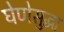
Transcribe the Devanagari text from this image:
घेणेसुद्धा